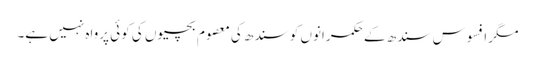
مگر افسوس سندھ کے حکمرانوں کو سندھ کی معصوم بچیوں کی کوئی پرواہ نہیں ہے۔